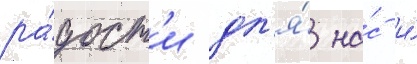
ра́дост'и дл'я́ на́с и́